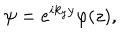
\psi = e ^ { i k _ { y } y } \varphi ( z ) ,